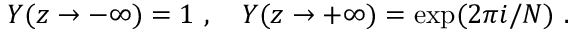
Y ( z \rightarrow - \infty ) = 1 ~ , ~ ~ ~ Y ( z \rightarrow + \infty ) = \exp ( 2 \pi i / N ) ~ .